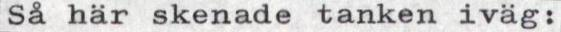
Så här skenade tanken iväg: